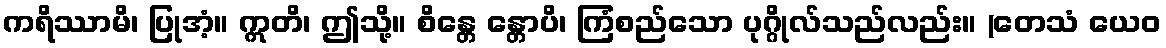
ကရိဿာမိ၊ ပြုအံ့။ ဣတိ၊ ဤသို့။ စိန္တေ န္တောပိ၊ ကြံစည်သော ပုဂ္ဂိုလ်သည်လည်း။ (တေသံ ယေဝ